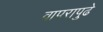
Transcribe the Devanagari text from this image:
वापरापुढे